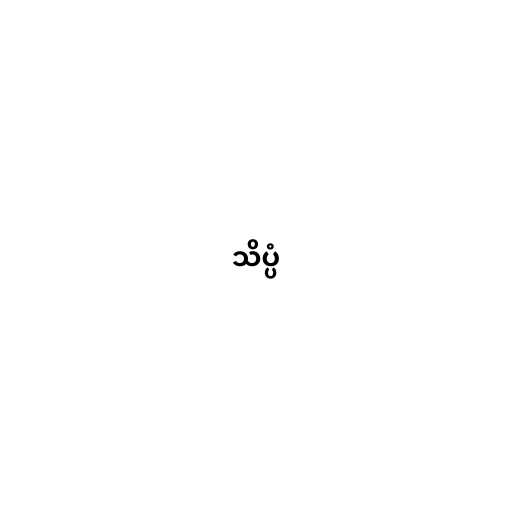
သိပ္ပံ